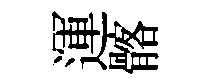
運髂